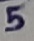
Text: 5